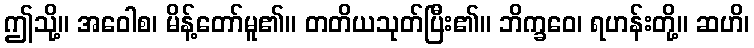
ဤသို့။ အဝေါစ၊ မိန့်တော်မူ၏။ တတိယသုတ်ပြီး၏။ ဘိက္ခဝေ၊ ရဟန်းတို့။ ဆဟိ၊